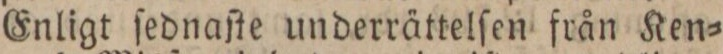
Enligt ſednaſte underrättelſen från Ken=